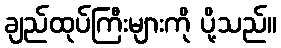
ချည်ထုပ်ကြီးများကို ပို့သည်။